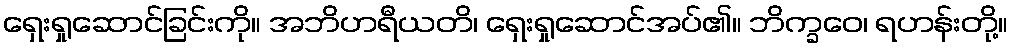
ရှေးရှုဆောင်ခြင်းကို။ အဘိဟရီယတိ၊ ရှေးရှုဆောင်အပ်၏။ ဘိက္ခဝေ၊ ရဟန်းတို့။